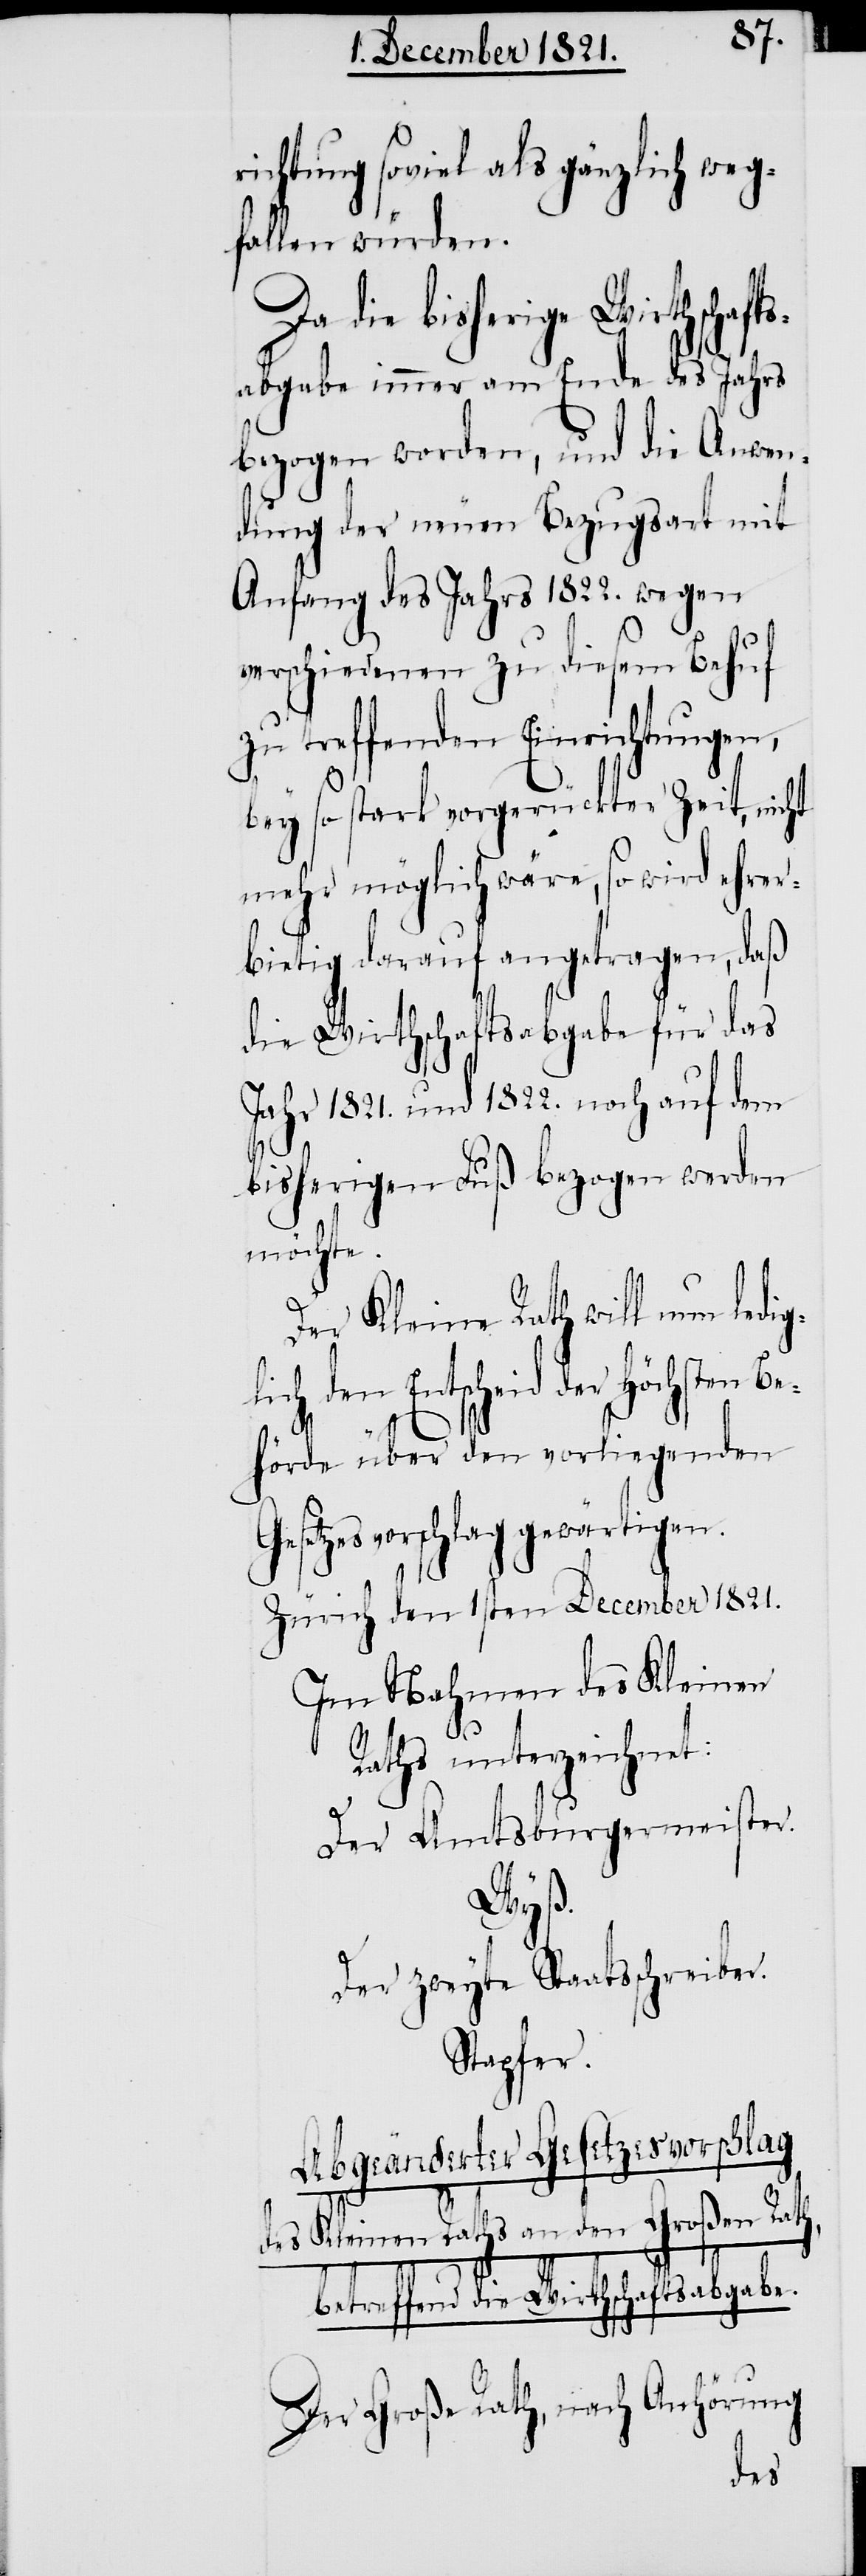
richtung soviel als gänzlich weg¬
fallen würden.
Da die bisherige Wirthschafts¬
abgabe immer vom Ende des Jahrs
bezogen worden, und die Anwen¬
dung der neuen Bezugsart mit
Anfang des Jahrs 1822. wegen
verschiedenen zu diesem Behuf
treffenden Einrichtungen,
bey so stark vorgerückter Zeit, nicht
mehr möglich wäre, so wird ehrer¬
bietig darauf angetragen, daß
die Wirthschaftsabgabe für das
Jahr 1821. und 1822. noch auf dem
bisherigen Fuß bezogen werden
möchte.
Der Kleine Rath will nun ledi¬
en Be¬
ch den Entscheid der
t:
hörde über den vorliegenden
zesvorschlag gewärtigen.
Zürich den 1sten December 1821.
Im Nahmen des Kleinen
Raths unterzeichne¬
Der Amtsburgermeister.
Wyß.
Der zweyte Staatsschreiber.
Stapfer.
Abgeänderter Gesetzesvorschlag
des Kleinen Raths an den Großen Rath,
betreffend die Wirthschaftsabgabe.
Der Große Rath, nach Anhörung